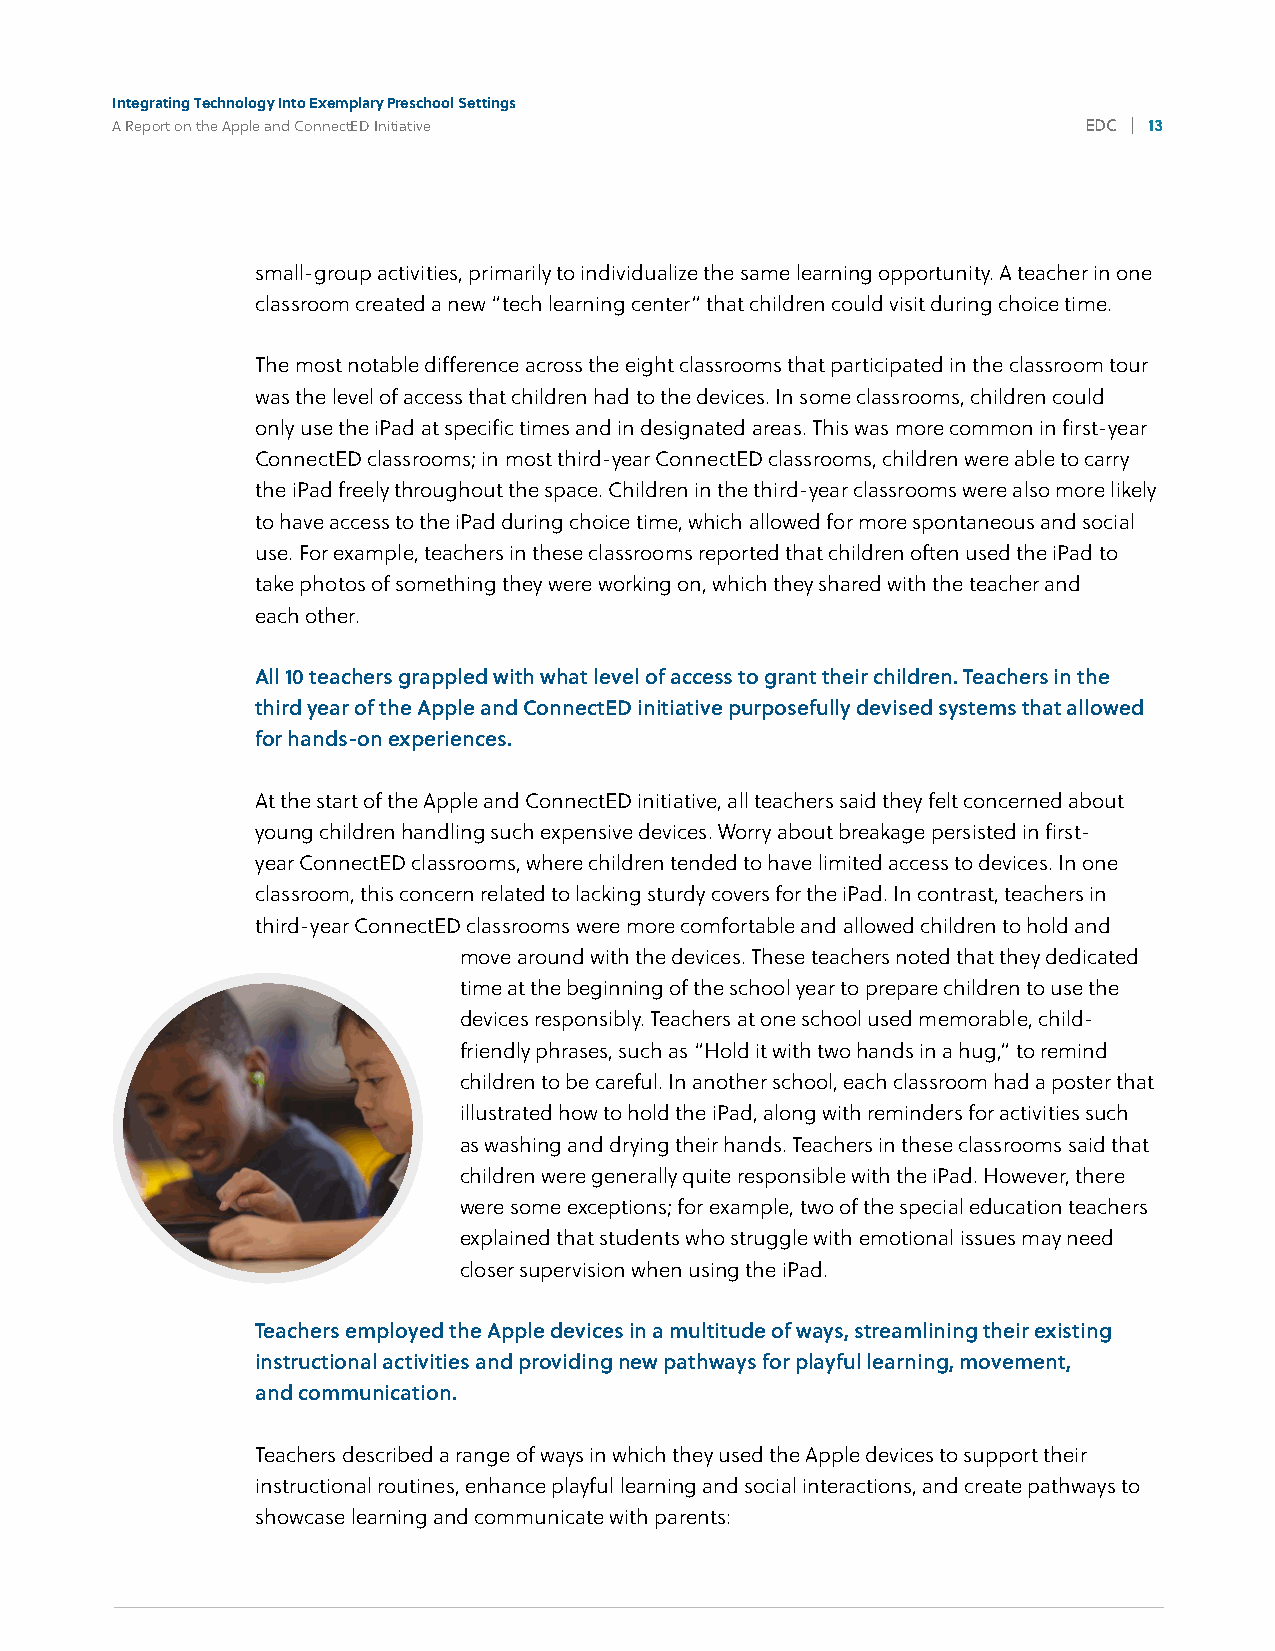
Integrating Technology Into Exemplary Preschool Settings
 A Report on the Apple and ConnectED Initiative                   EDC | 13
 4%
 small-group activities, primarily to individualize the same learning opportunity. A teacher in one
 classroom created a new “tech learning center” that children could visit during choice time.
 The most notable difference across the eight classrooms that participated in the classroom tour
 was the level of access that children had to the devices. In some classrooms, children could
 only use the iPad at specific times and in designated areas. This was more common in first-year
 ConnectED classrooms; in most third-year ConnectED classrooms, children were able to carry
 the iPad freely throughout the space. Children in the third-year classrooms were also more likely
 to have access to the iPad during choice time, which allowed for more spontaneous and social
 use. For example, teachers in these classrooms reported that children often used the iPad to
 take photos of something they were working on, which they shared with the teacher and
 each other.
 All 10 teachers grappled with what level of access to grant their children. Teachers in the
 third year of the Apple and ConnectED initiative purposefully devised systems that allowed
 for hands-on experiences.
 At the start of the Apple and ConnectED initiative, all teachers said they felt concerned about
 young children handling such expensive devices. Worry about breakage persisted in first-
 year ConnectED classrooms, where children tended to have limited access to devices. In one
 classroom, this concern related to lacking sturdy covers for the iPad. In contrast, teachers in
 third-year ConnectED classrooms were more comfortable and allowed children to hold and
 move around with the devices. These teachers noted that they dedicated
 time at the beginning of the school year to prepare children to use the
 devices responsibly. Teachers at one school used memorable, child-
 friendly phrases, such as “Hold it with two hands in a hug,” to remind
 children to be careful. In another school, each classroom had a poster that
 illustrated how to hold the iPad, along with reminders for activities such
 as washing and drying their hands. Teachers in these classrooms said that
 children were generally quite responsible with the iPad. However, there
 were some exceptions; for example, two of the special education teachers
 explained that students who struggle with emotional issues may need
 closer supervision when using the iPad.
 Teachers employed the Apple devices in a multitude of ways, streamlining their existing
 instructional activities and providing new pathways for playful learning, movement,
 and communication.
 Teachers described a range of ways in which they used the Apple devices to support their
 instructional routines, enhance playful learning and social interactions, and create pathways to
 showcase learning and communicate with parents: